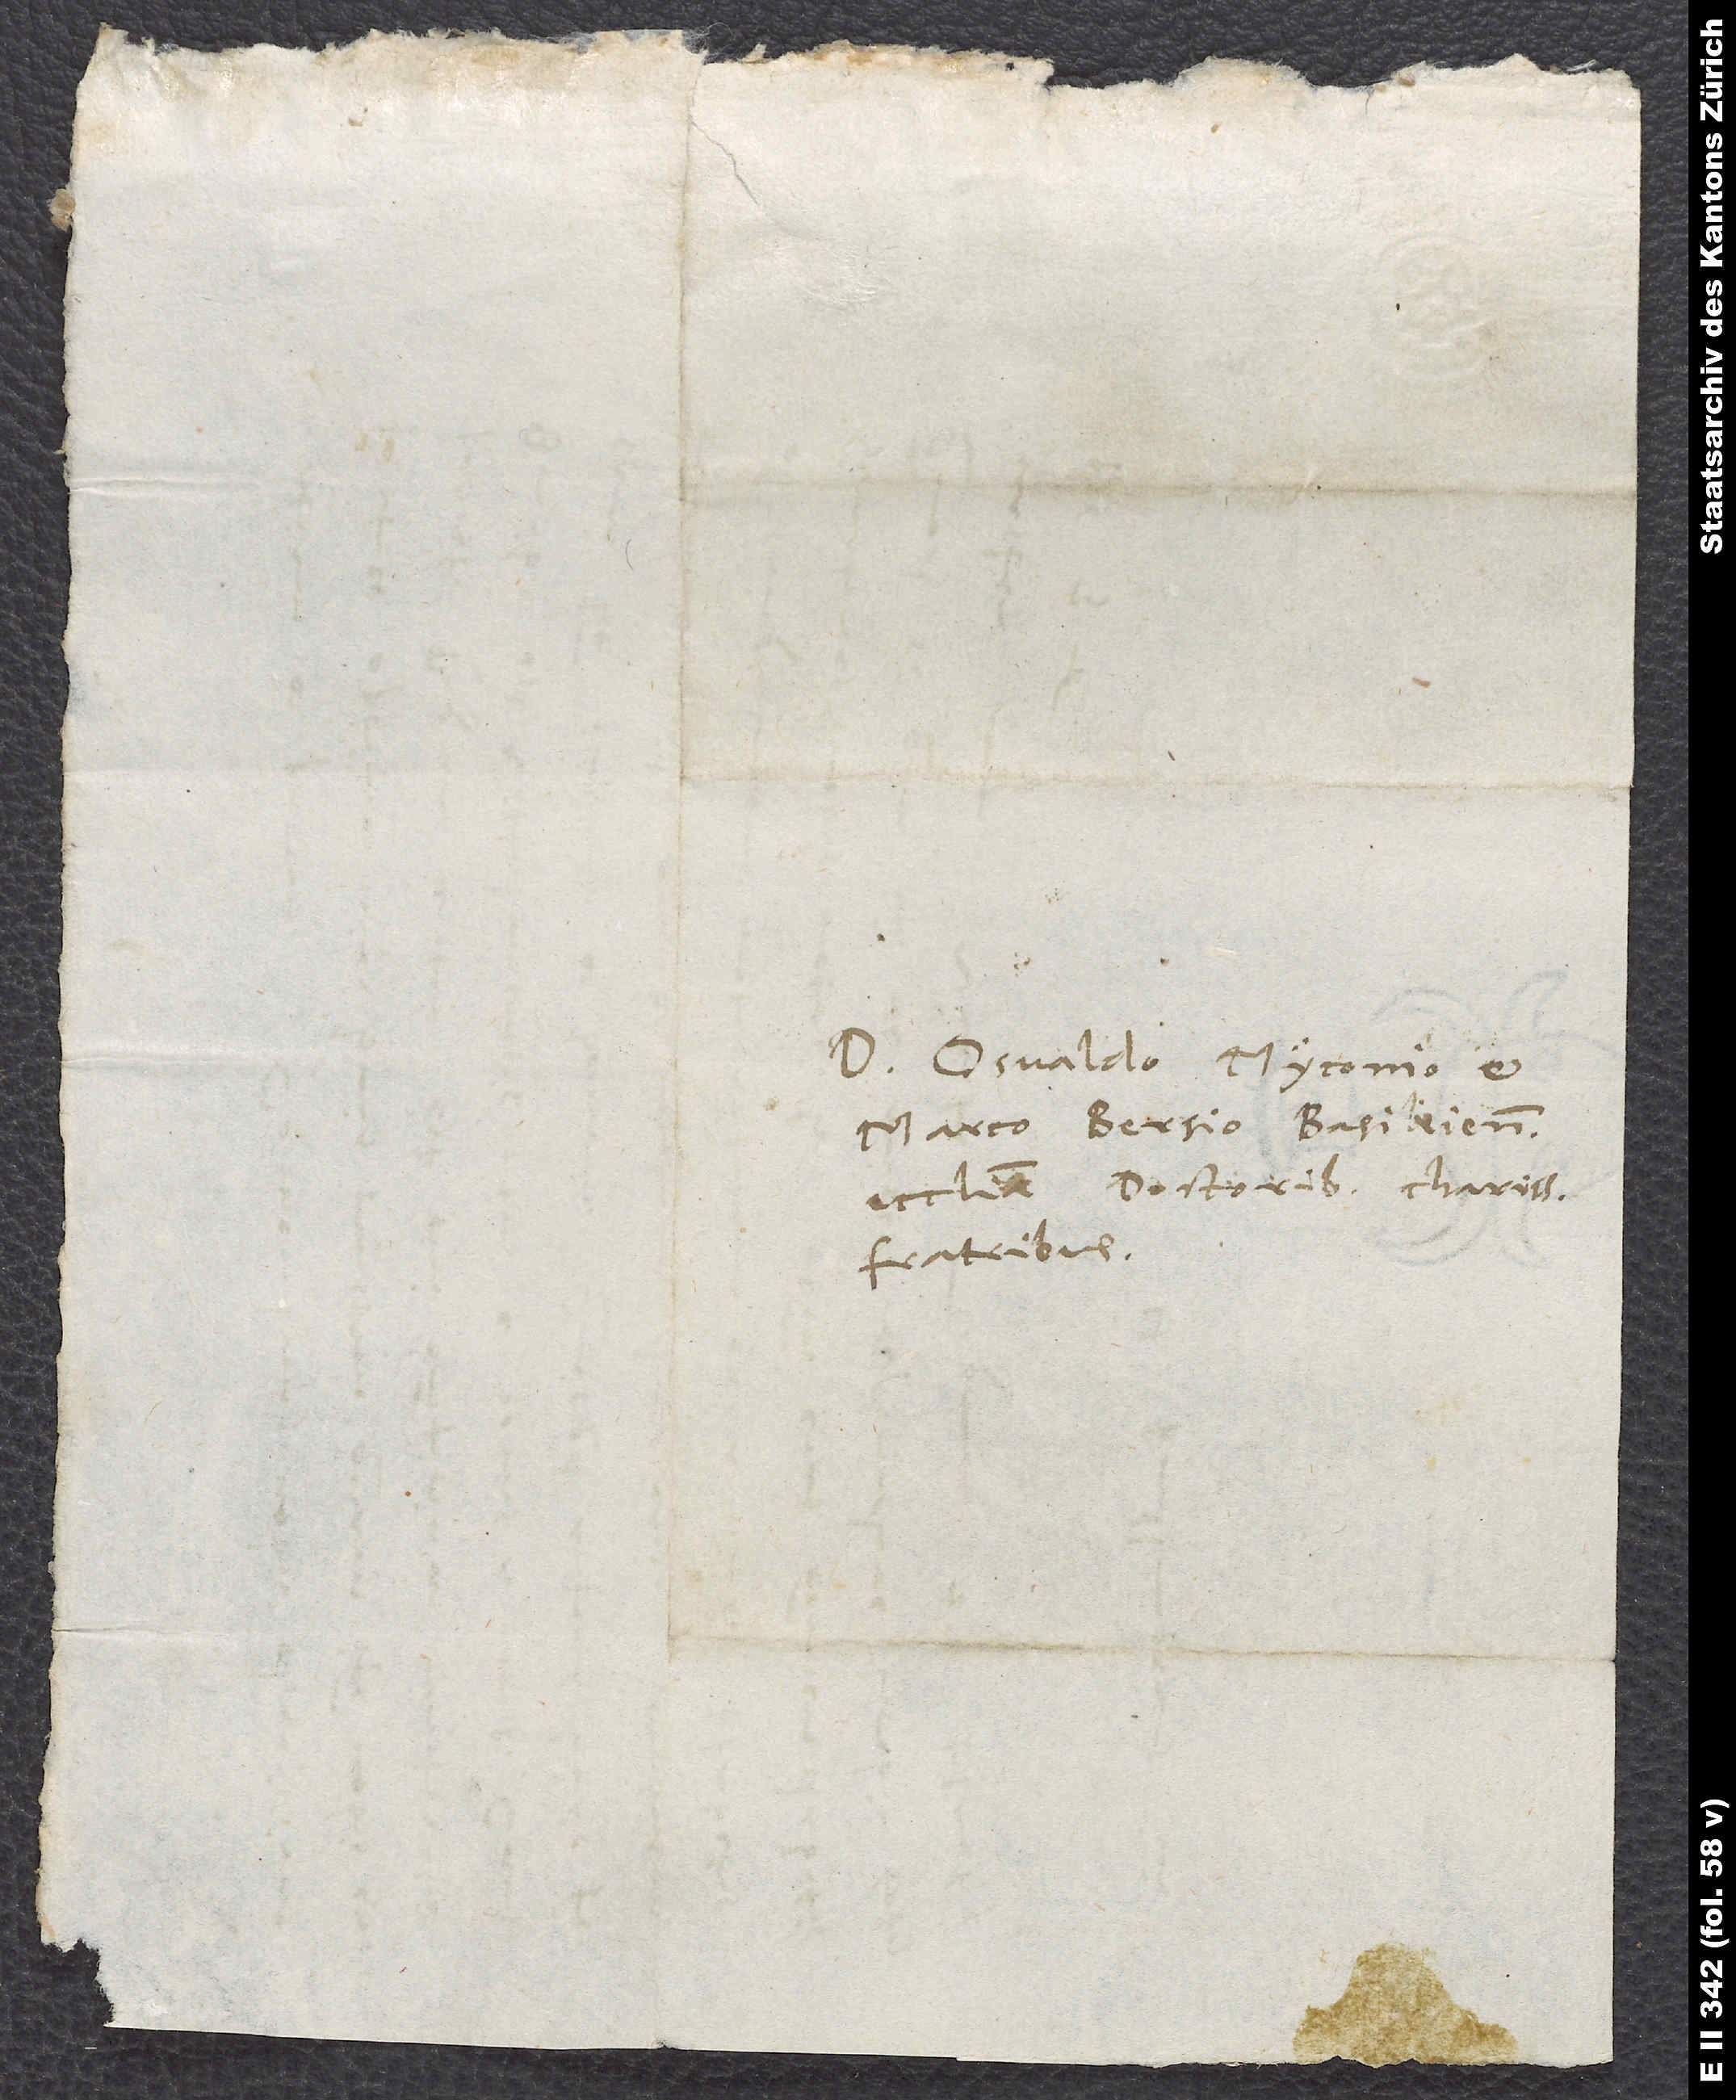
Dominis Osvaldo Myconio et
Marco Bersio, Basileiensis
ecclesiae doctoribus, charissimis
fratribus.